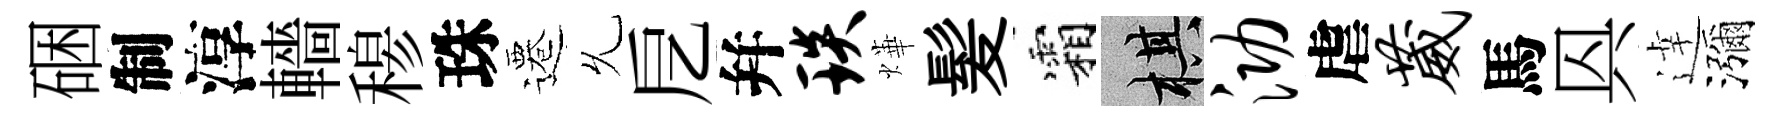
硱制淳轖𥠇珠遷𠃔戹幷琰燁髪霜棋泐虐葳馬㒷逹瀰